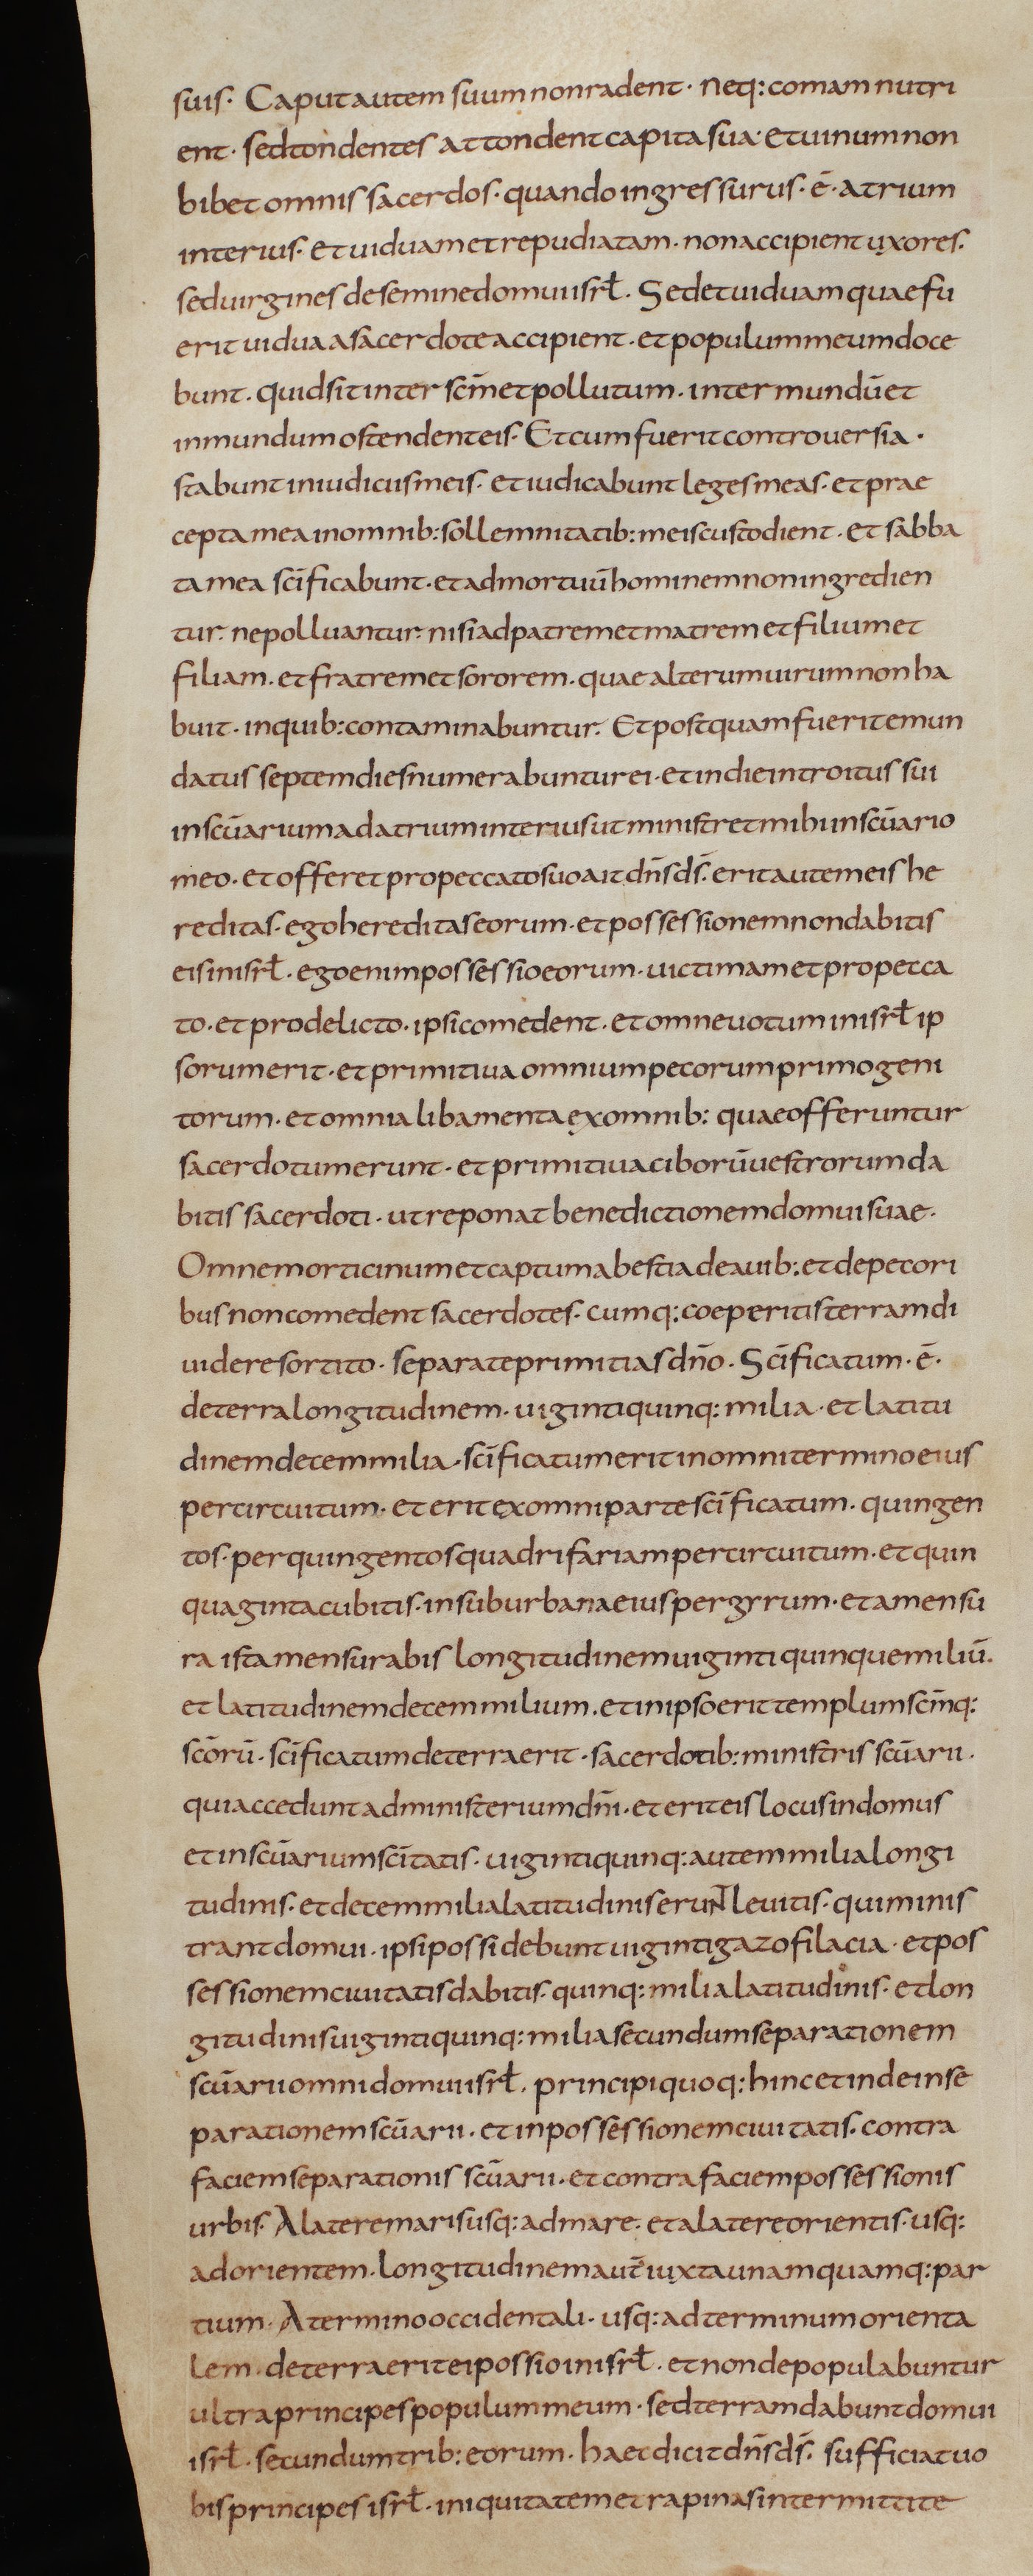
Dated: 805–845